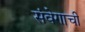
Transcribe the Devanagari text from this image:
संवेगाची